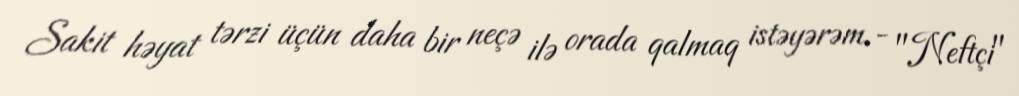
Sakit həyat tərzi üçün daha bir neçə ilə orada qalmaq istəyərəm.- "Neftçi"